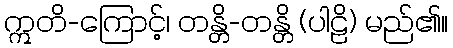
ဣတိ-ကြောင့်၊ တန္တိ-တန္တိ (ပါဠိ) မည်၏။